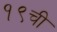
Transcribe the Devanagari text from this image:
१९ची